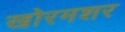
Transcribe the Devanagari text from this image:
खोरमशर